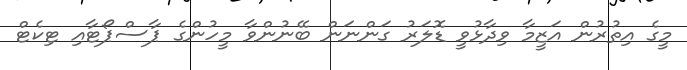
މީގެ އިތުރުން އަޒީމާ ވިދާޅުވީ ޑޮލަރު ގަންނަން ބޭނުންވާ މީހުންގެ ޕާސްޕޯޓާއި ޓިކެޓް